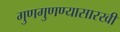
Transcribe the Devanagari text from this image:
गुणगुणण्यासारखी